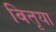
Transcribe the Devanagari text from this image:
वितृया